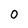
Character: o